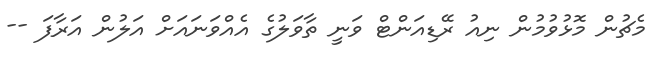
މެޗުން މޮޅުވުމުން ނިއު ރޭޑިއަންޓް ވަނީ ތާވަލުގެ އެއްވަނައަށް އަލުން އަރާފަ --